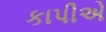
કાપીએ